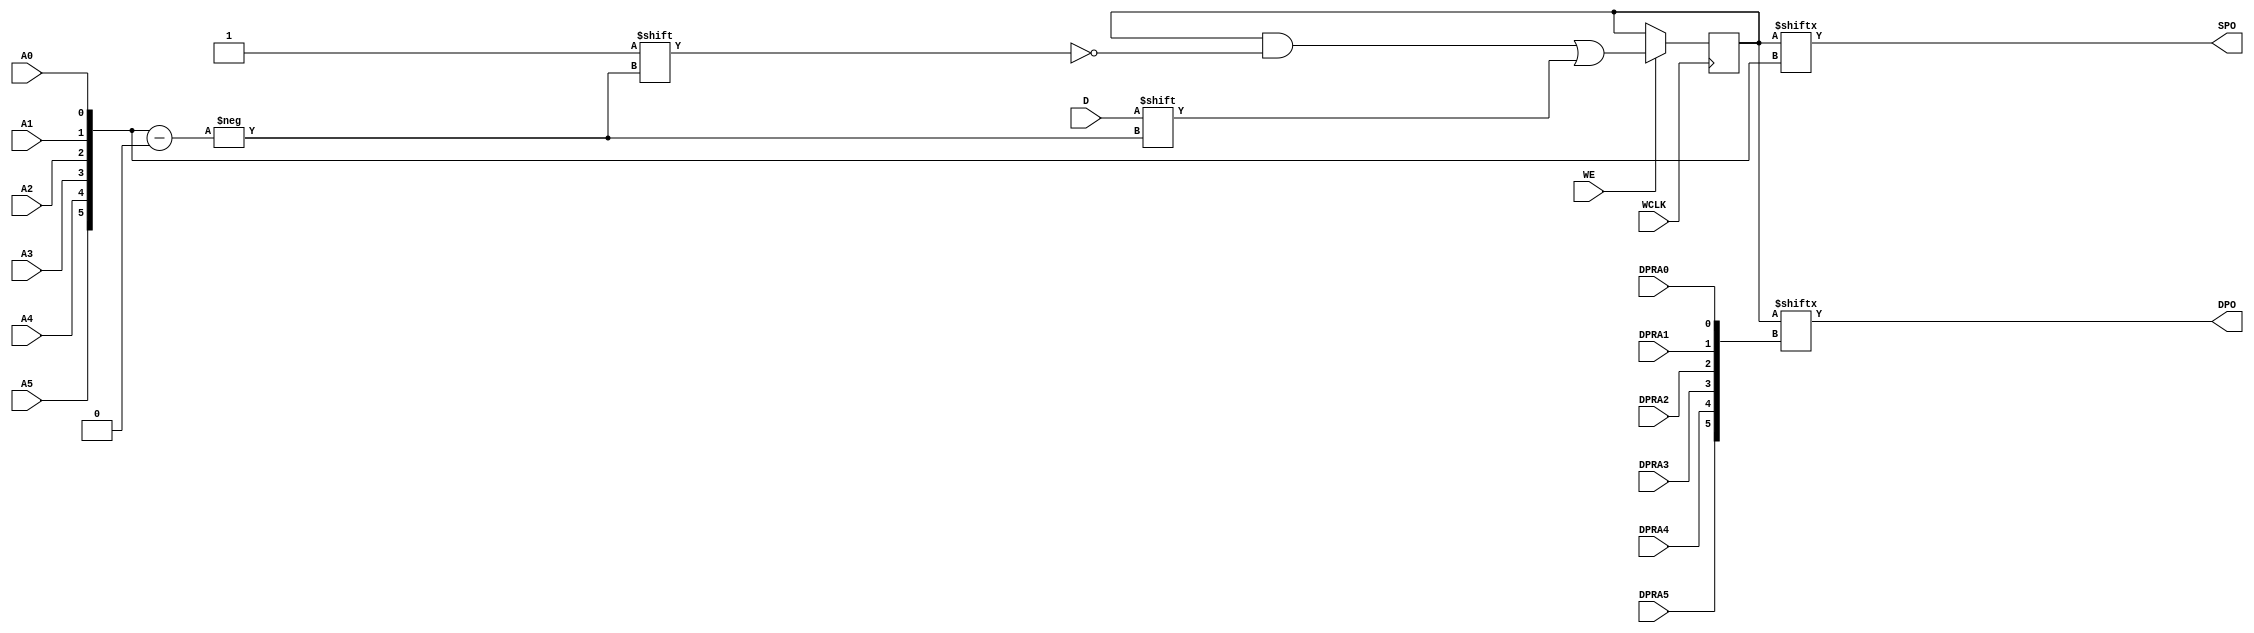
module RAM64X1D_1 (DPO, SPO, A0, A1, A2, A3, A4, A5, D, DPRA0, DPRA1, DPRA2, DPRA3, DPRA4, DPRA5, WCLK, WE);

    parameter INIT = 64'h0000000000000000;

    output DPO, SPO;

    input  A0, A1, A2, A3, A4, A5, D, DPRA0, DPRA1, DPRA2, DPRA3, DPRA4, DPRA5, WCLK, WE;

    reg  [63:0] mem;
    wire [5:0] adr;

    assign adr = {A5, A4, A3, A2, A1, A0};
    assign SPO = mem[adr];
    assign DPO = mem[{DPRA5, DPRA4, DPRA3, DPRA2, DPRA1, DPRA0}];

    initial 
        mem = INIT;

    always @(negedge WCLK) 
        if (WE == 1'b1)
            mem[adr] <= #100 D;

endmodule